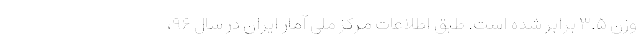
وزن ۳.۵ برابر شده است. طبق اطلاعات مرکز ملی آمار ایران در سال ۹۶،